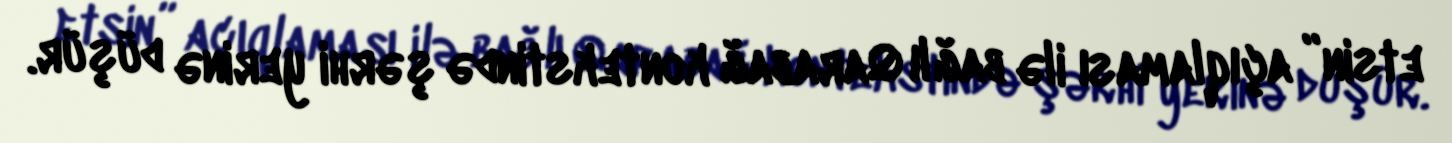
etsin” açıqlaması ilə bağlı Qarabağ kontekstində şərhi yerinə düşür.